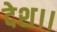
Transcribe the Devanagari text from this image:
देश।।